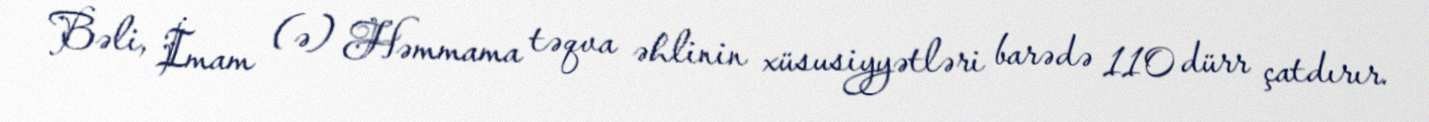
Bəli, İmam (ə) Həmmama təqva əhlinin xüsusiyyətləri barədə 110 dürr çatdırır.